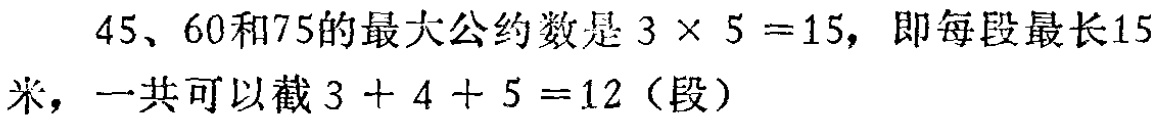
$45、60和75的最大公约数是3\times 5 = 15，即每段最长15米，一共可以截3 + 4 + 5 = 12（段）$